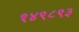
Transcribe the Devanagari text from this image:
१४९८९३